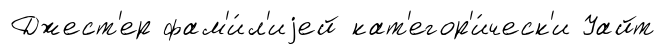
Джест'ер фам'и́л'иjей кат'егор'и́ческ'и Уайт